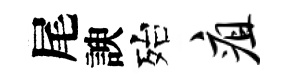
尾諛殆疽